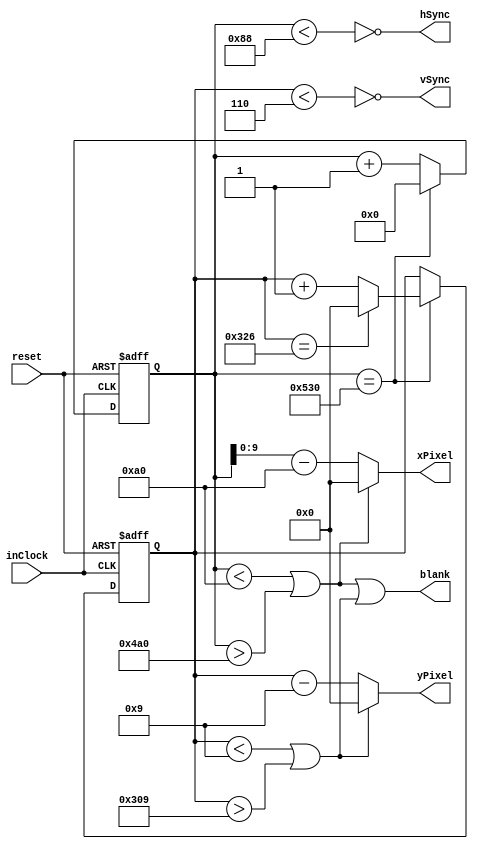
/*
*
* Copyright (c) 2015 Goshik (goshik92@gmail.com)
*
*
*
* This program is free software: you can redistribute it and/or modify
* it under the terms of the GNU General Public License as published by
* the Free Software Foundation, either version 3 of the License, or
* (at your option) any later version.
*
* This program is distributed in the hope that it will be useful,
* but WITHOUT ANY WARRANTY; without even the implied warranty of
* MERCHANTABILITY or FITNESS FOR A PARTICULAR PURPOSE.  See the
* GNU General Public License for more details.
*
* You should have received a copy of the GNU General Public License
* along with this program.  If not, see <http://www.gnu.org/licenses/>.
* 
*/

// See http://tinyvga.com/vga-timing for VGA parameters
module VGASyncGenerator
(
	reset,
	inClock,
	vSync,
	hSync,
	blank,
	xPixel,
	yPixel
);

	localparam H_IS_NEGATIVE = 1'b1;
	localparam H_VISIBLE_AREA = 1024;
	localparam H_FRONT_PORCH = 24;
	localparam H_SYNC_PULSE = 136;
	localparam H_BACK_PORCH = 144;
	localparam H_TOTAL_PIX = H_VISIBLE_AREA + H_FRONT_PORCH + H_SYNC_PULSE + H_BACK_PORCH;
	localparam H_VISIBLE_AREA_MIN = H_FRONT_PORCH + H_SYNC_PULSE;
	localparam H_VISIBLE_AREA_MAX = H_VISIBLE_AREA_MIN + H_VISIBLE_AREA;
	localparam H_SIZE = $clog2(H_TOTAL_PIX + 1);
	localparam X_PIXELS_SIZE = $clog2(H_VISIBLE_AREA);

	localparam V_IS_NEGATIVE = 1'b1;
	localparam V_VISIBLE_AREA = 768;                            
	localparam V_FRONT_PORCH = 3;
	localparam V_SYNC_PULSE = 6;
	localparam V_BACK_PORCH = 29;
	localparam V_TOTAL_PIX = V_VISIBLE_AREA + V_FRONT_PORCH + V_SYNC_PULSE + V_BACK_PORCH;
	localparam V_VISIBLE_AREA_MIN = V_FRONT_PORCH + V_SYNC_PULSE;
	localparam V_VISIBLE_AREA_MAX = V_VISIBLE_AREA_MIN + V_VISIBLE_AREA;
	localparam V_SIZE = $clog2(V_TOTAL_PIX + 1);
	localparam Y_PIXELS_SIZE = $clog2(V_VISIBLE_AREA);
	
	input reset;
	input inClock;
	output vSync;
	output hSync;
	output blank;
	output [X_PIXELS_SIZE-1:0] xPixel;
	output [Y_PIXELS_SIZE-1:0] yPixel;
	
	wire hBlank, vBlank;
	reg [V_SIZE-1:0] vCounter;
	reg [H_SIZE-1:0] hCounter;

	assign vSync = V_IS_NEGATIVE ^ (vCounter < V_SYNC_PULSE);
	assign hSync = H_IS_NEGATIVE ^ (hCounter < H_SYNC_PULSE);
	assign hBlank = (hCounter < H_VISIBLE_AREA_MIN) || (hCounter > H_VISIBLE_AREA_MAX);
	assign vBlank = (vCounter < V_VISIBLE_AREA_MIN) || (vCounter > V_VISIBLE_AREA_MAX);
	assign blank = hBlank || vBlank;
	assign xPixel = hBlank ? 1'b0 : (hCounter - H_VISIBLE_AREA_MIN);
	assign yPixel = vBlank ? 1'b0 : (vCounter - V_VISIBLE_AREA_MIN);
	
	always @(posedge reset or posedge inClock)
	begin
		if (reset)
		begin
			hCounter <= 1'b0;
			vCounter <= 1'b0;
		end
		
		else
		begin
			if (hCounter == H_TOTAL_PIX)
			begin
				if (vCounter == V_TOTAL_PIX) vCounter <= 1'b0;
				else vCounter <= vCounter + 1'b1;
				hCounter <= 1'b0;
			end
			
			else hCounter <= hCounter + 1'b1;
		end
	end

endmodule